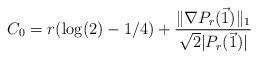
LaTeX: \begin{align*}C_0 = r(\log(2)-1/4) + \frac{\|\nabla P_r(\vec{1})\|_1}{\sqrt{2} |P_r(\vec{1})|}\end{align*}